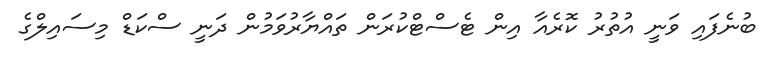
ބުނެފައި ވަނީ އުތުރު ކޮރެއާ އިން ޓެސްޓްކުރަން ތައްޔާރުވަމުން ދަނީ ސްކަޑް މިސައިލްގެ